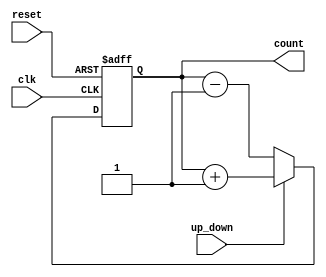
module ChainedParallelCounter (
    input wire clk,          // Clock signal
    input wire reset,        // Asynchronous reset signal
    input wire up_down,      // Control signal: 1 for up counting, 0 for down counting
    output reg [3:0] count   // 4-bit counter output
);

    // Asynchronous reset and counting logic
    always @(posedge clk or posedge reset) begin
        if (reset) begin
            count <= 4'b0000; // Reset the counter to 0
        end else begin
            if (up_down) begin
                count <= count + 1; // Increment the counter
            end else begin
                count <= count - 1; // Decrement the counter
            end
        end
    end

endmodule